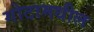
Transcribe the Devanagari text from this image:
गोटामधील